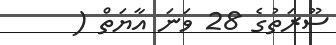
ސޫރަތުގެ 28 ވަނަ އާޔަތް (